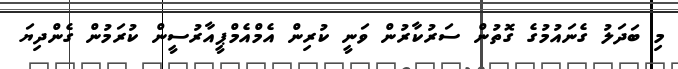
މި ބަދަލު ގެނައުމުގެ ގޮތުން ސަރުކާރުން ވަނީ ކުރިން އެމްއެމްޕީއާރުސީން ކުރަމުން ގެންދިޔަ